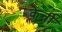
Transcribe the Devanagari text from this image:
केर्नी